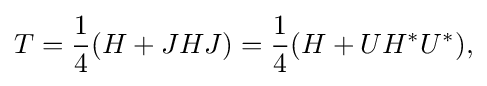
\displaystyle {T={1 \over 4}(H+JHJ)={1 \over 4}(H+UH^{*}U^{*}),}